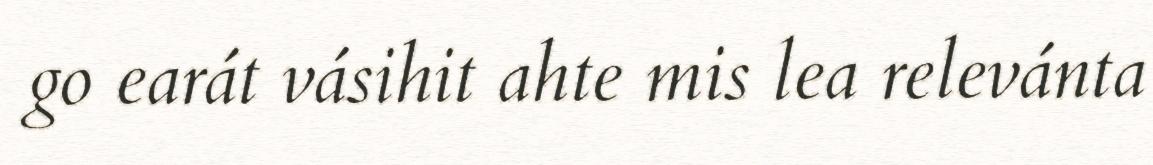
go earát vásihit ahte mis lea relevánta